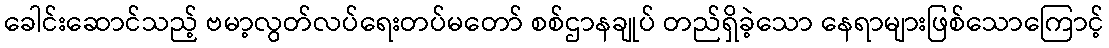
ခေါင်းဆောင်သည့် ဗမာ့လွတ်လပ်ရေးတပ်မတော် စစ်ဌာနချုပ် တည်ရှိခဲ့သော နေရာများဖြစ်သောကြောင့်